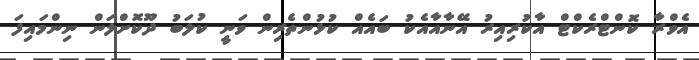
އެވްރާ ކޮންޓްރެކްޓް އާކުރިއިރު އޭނާއާއެކު ބައެއް ކުޅުންތެރިން ވަނީ ކުލަބު ދޫކޮށްލަން ނިންމައިފަ